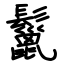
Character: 鬣